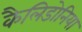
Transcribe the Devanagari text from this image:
कैलिडोनिया